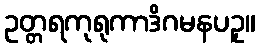
ဥတ္တရကုရုကာဒိဂမနပဥှ။